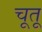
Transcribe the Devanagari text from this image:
चूतू